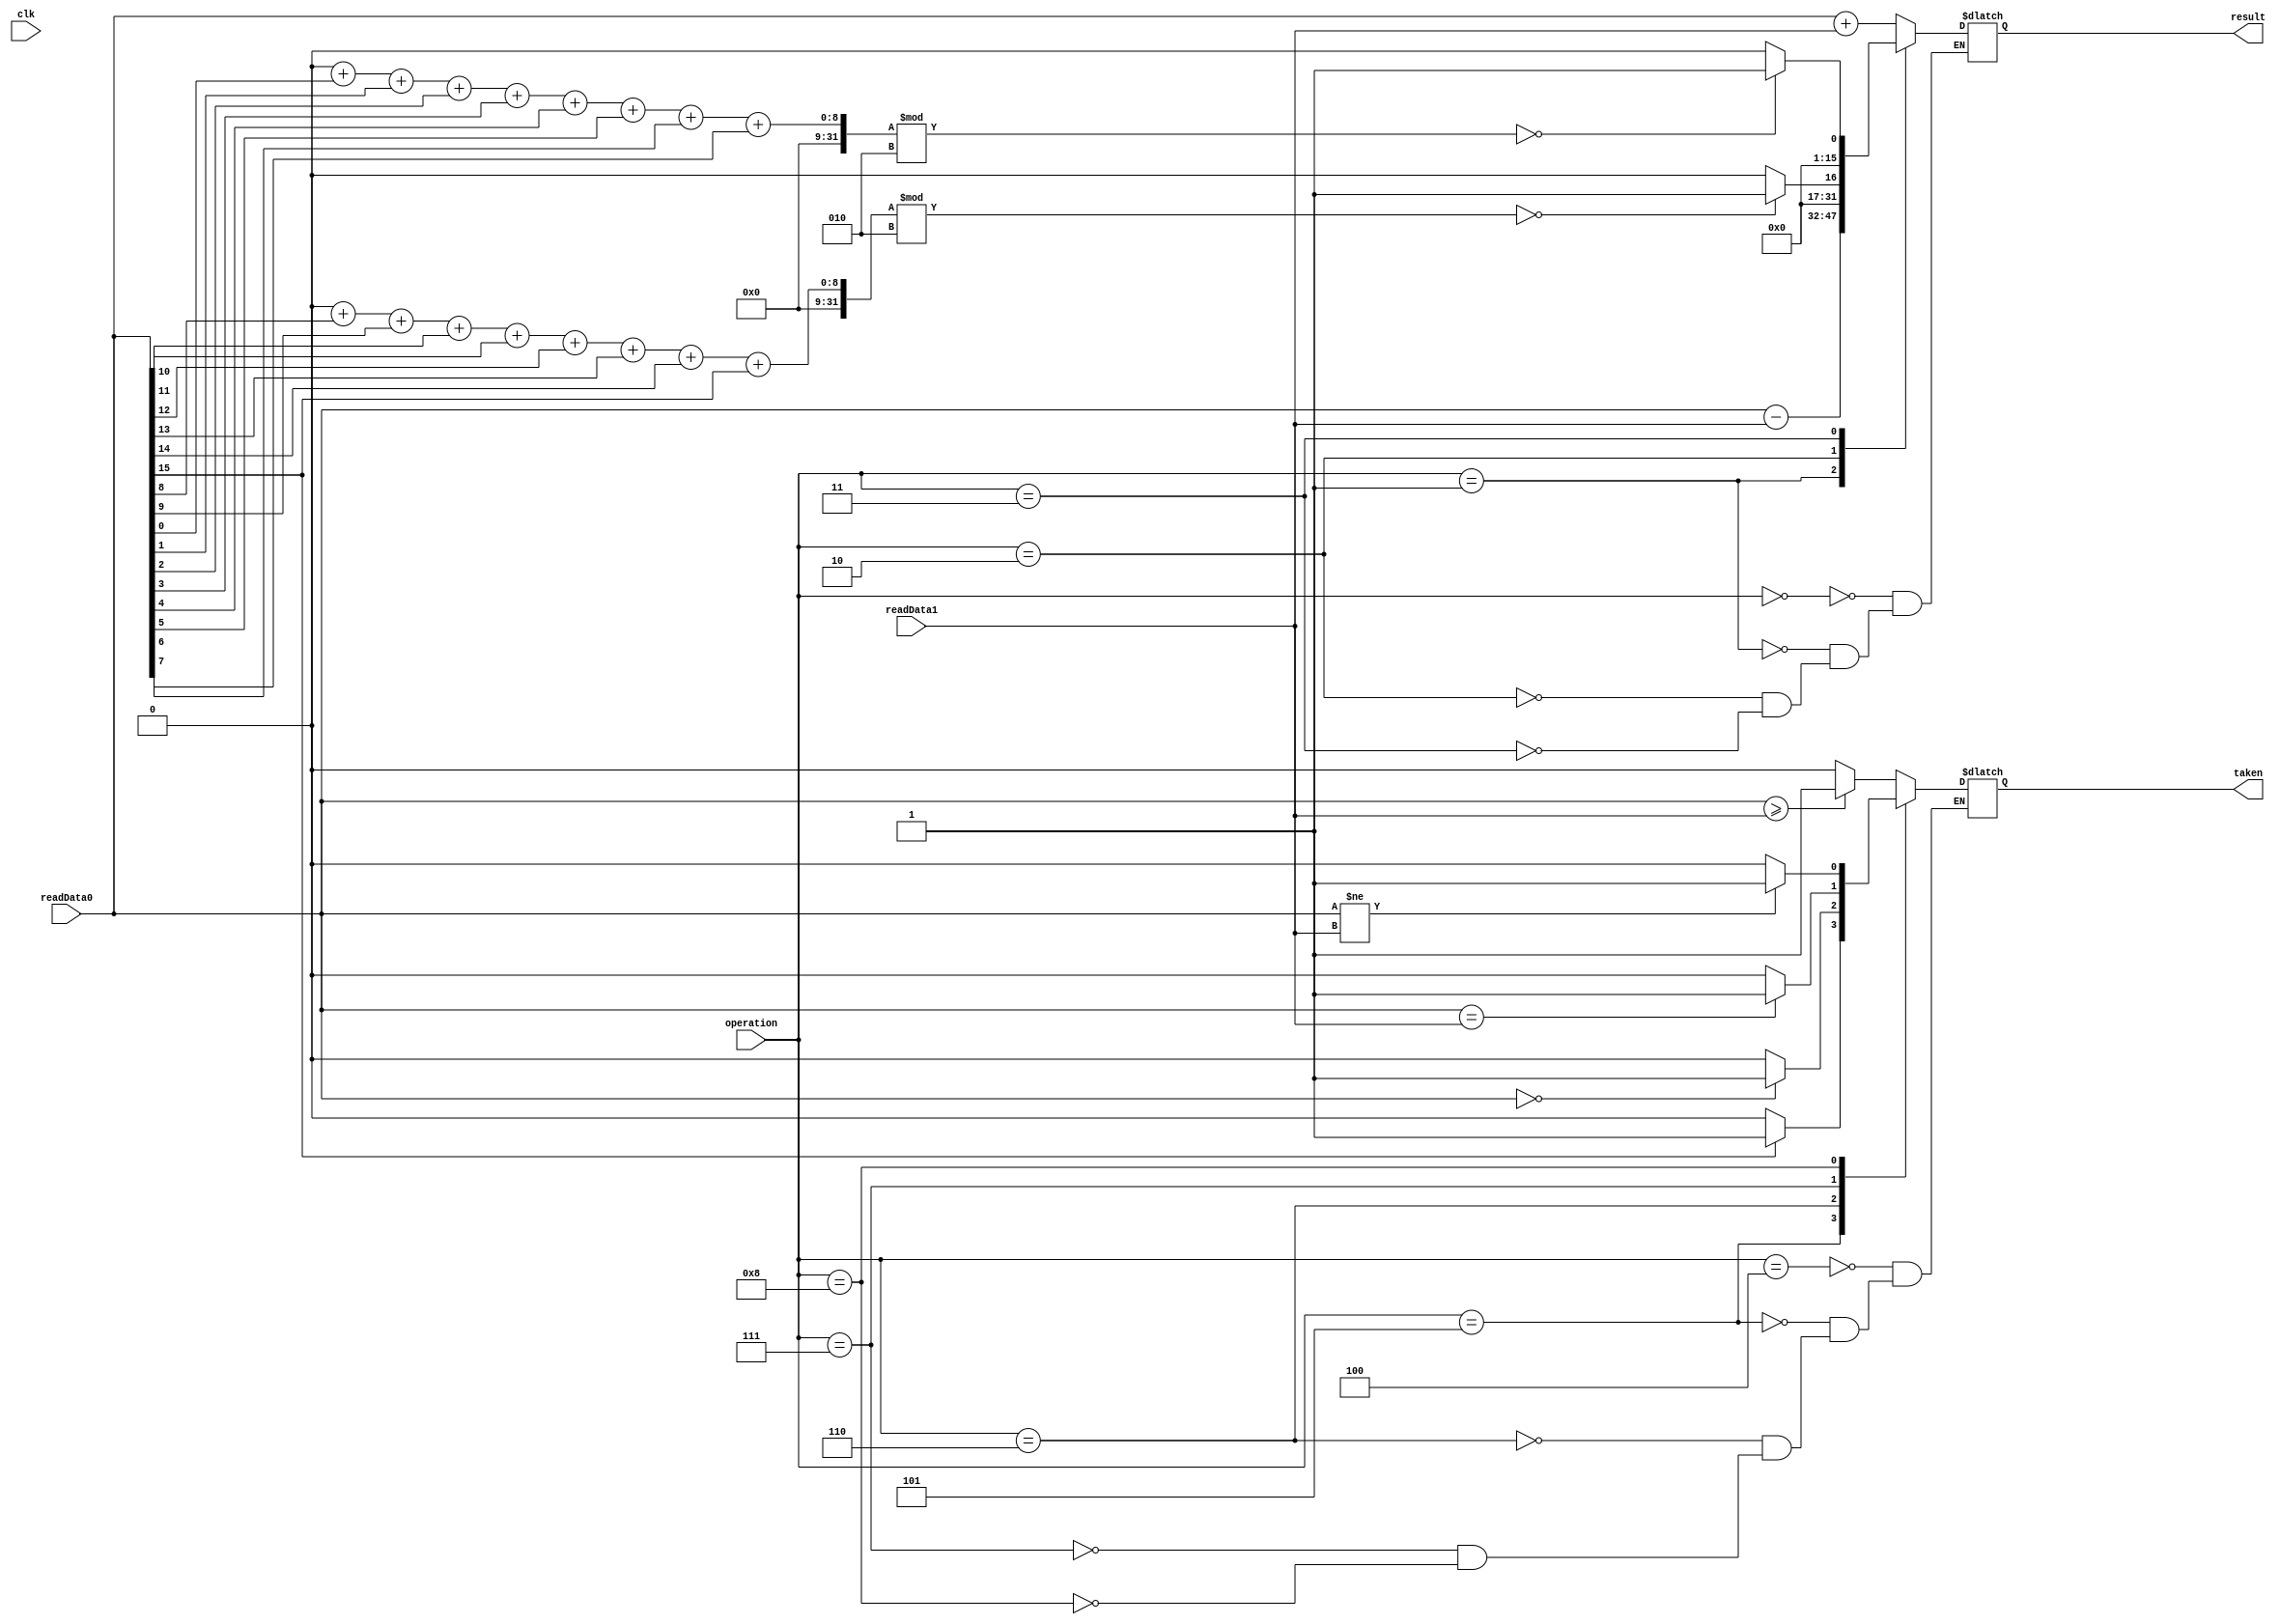
`timescale 1ns / 1ps
module ALU(
input clk,
input [3:0]operation,
input [15:0]readData0,
input [15:0]readData1,
output [15:0]result,
output taken
);

reg[0:4] i = 0;
integer count = 0;
reg [15:0]internalResult = 0;
reg _taken;

assign taken = _taken;
assign result = internalResult;

parameter	
		add			= 0,
		sub    		= 1,
		evenUpper	= 2,
		evenLower	= 3,
		gte			= 4,
		ltz			= 5,
		ez				= 6,
		eq				= 7,
		ne				= 8;
		
always @(*) begin
	case (operation)
		add: begin
			internalResult = readData0 + readData1;
			
		end
		sub: begin
			internalResult = readData0 - readData1;
		end
		evenUpper: begin
			count = 0;
			for(i=8; i<16; i = i+1)
			begin
				count = count + (readData0[i]&1);
			end
			if(count%2==0)
			begin
				internalResult <= 1;
			end
			else
			begin
				internalResult <= 0;
			end
		end
		evenLower: begin
			count=0;
			for(i=0; i<8; i = i+1)
			begin
				count = count +(readData0[i]&1);
			end
			if(count%2==0)
			begin
				internalResult <= 1;
			end
			else
			begin
				internalResult <= 0;
			end
		end
		gte: begin
			if(readData0 >= readData1)
			begin
				_taken <= 1;
			end
			else
			begin
				_taken <= 0;
			end
		end
		ltz: begin
			if(readData0[15] == 1)  //assuming readData0 cannot be large positive values
			begin
				_taken <= 1;
			end
			else
			begin
				_taken <= 0;
			end
		end
		ez: begin
			if(readData0 == 0)
			begin
				_taken <= 1;
			end
			else
			begin
				_taken <= 0;
			end
		end
		eq: begin
			if(readData0 == readData1)
			begin
				_taken <= 1;
			end
			else
			begin
				_taken <= 0;
			end
		end
		ne: begin
			if(readData0 != readData1)
			begin
				_taken <= 1;
			end
			else
			begin
				_taken <= 0;
			end
		end
	endcase
end
endmodule